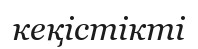
кеқістікті